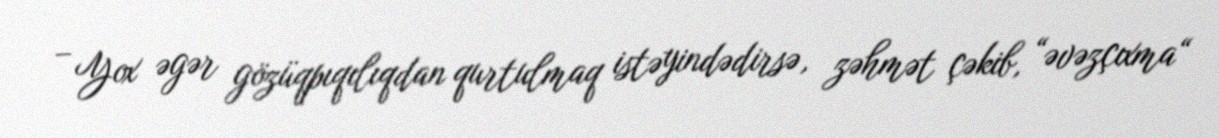
– Yox əgər gözüqpıqılıqdan qurtulmaq istəyindədirsə, zəhmət çəkib, “əvəzçıxma“